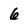
Character: 6